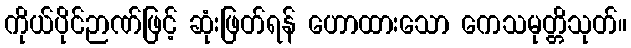
ကိုယ်ပိုင်ဉာဏ်ဖြင့် ဆုံးဖြတ်ရန် ဟောထားသော ကေသမုတ္တိသုတ်။